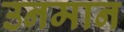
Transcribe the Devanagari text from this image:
उनमान